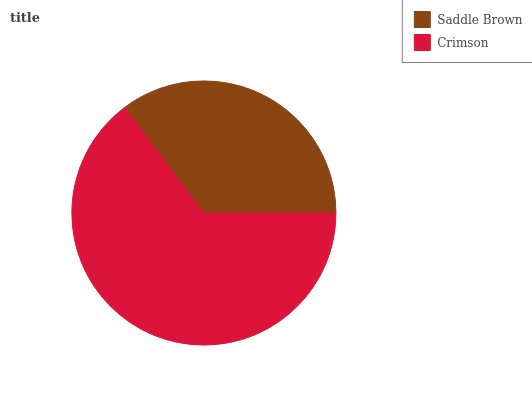
| Saddle Brown | Crimson |
 | --- | --- |
 | 35.3% | 64.7% |